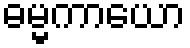
ဓမ္မကာယော